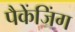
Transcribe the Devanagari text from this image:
पैकेंजिंग